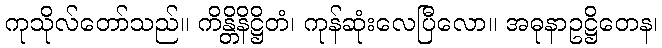
ကုသိုလ်တော်သည်။ ကိန္တိနိဋ္ဌိတံ၊ ကုန်ဆုံးလေပြီလော။ အဓုနာဥဋ္ဌိတေန၊